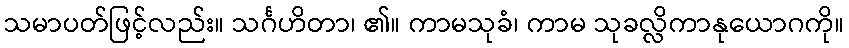
သမာပတ်ဖြင့်လည်း။ သင်္ဂဟိတာ၊ ၏။ ကာမသုခံ၊ ကာမ သုခလ္လိကာနုယောဂကို။